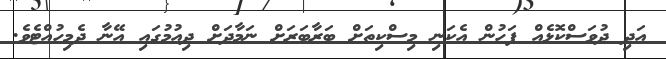
އަދި ދުވަސްކޮޅެއް ފަހުން އެކަނި މިސްކިތަށް ބަރާބަރަށް ނަމާދަށް ދިއުމުގައި އޭނާ ދެމިހުއްޓެވެ.